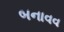
બનાવવ